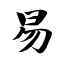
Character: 易